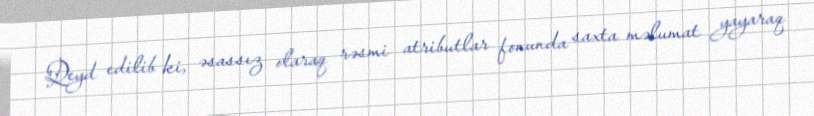
Qeyd edilib ki, əsassız olaraq rəsmi atributlar fonunda saxta məlumat yayaraq